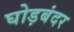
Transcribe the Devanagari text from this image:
घोड़बंदर